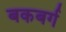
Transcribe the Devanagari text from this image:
बकबर्ग